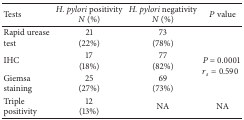
| Tests | H. pylori positivityN (%) | H. pylori negativityN (%) | P value |
 | --- | --- | --- | --- |
 | Rapid urease test | 21(22%) | 73(78%) |  |
 | IHC | 17(18%) | 77(82%) | <ROWSPAN=2> P = 0.0001rs = 0.590 |
 | Giemsa staining | 25(27%) | 69(73%) |
 | Triple positivity | 12(13%) | NA | NA |